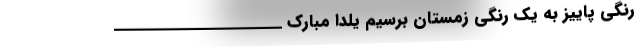
رنگی پاییز به یک رنگی زمستان برسیم یلدا مبارک _____________________